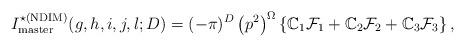
LaTeX: \begin{align*}I_{\rm master}^{\star(\rm NDIM)}(g,h,i,j,l;D)=(-\pi)^D\left(p^2\right)^\Omega \left\{\mathbb{C}_1{\cal F}_1 +\mathbb{C}_2{\cal F}_2 +\mathbb{C}_3{\cal F}_3 \right\},\end{align*}